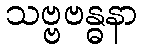
သဗ္ဗဗန္ဓနာ